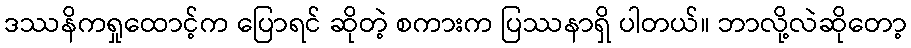
ဒဿနိကရှုထောင့်က ပြောရင် ဆိုတဲ့ စကားက ပြဿနာရှိ ပါတယ်။ ဘာလို့လဲဆိုတော့